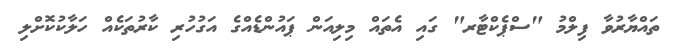
ތައްޔާރުވާ ފިލްމު "ސްޕެކްޓާރ" ގައި އެތައް މިލިއަން ޕައުންޑެއްގެ އަގުހުރި ކާރުތަކެއް ހަލާކުކޮށްލި